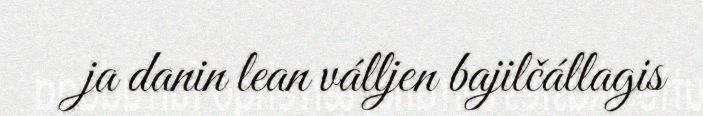
ja danin lean válljen bajilčállagis